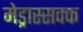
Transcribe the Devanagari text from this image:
मेड्रास्सक्क